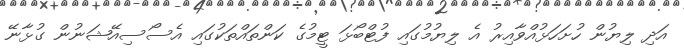
އަދި ލިޔުން ހުށަހަޅުއްވާއިރު އެ ލިޔުމުގައި ފުޓްބޯޅަ ޓީމުގެ ކަންތައްތަކުގައި އެސޯސިއޭޝަނުން ގުޅާނޭ